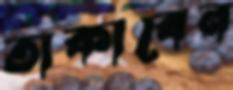
তাকাবেন